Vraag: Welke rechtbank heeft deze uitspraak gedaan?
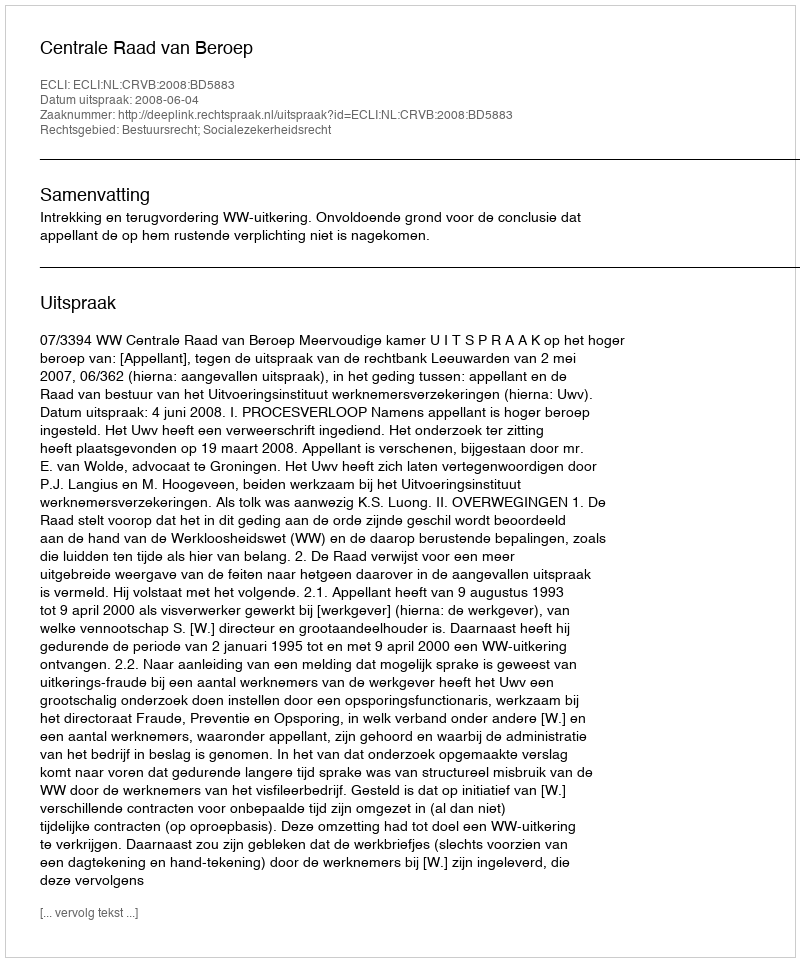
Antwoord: Centrale Raad van Beroep